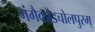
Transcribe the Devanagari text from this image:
गंगैकोंडचोलपुरम्